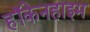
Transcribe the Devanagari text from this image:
हॉकेनहाइम